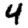
Digit: 4